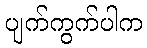
ပျက်ကွက်ပါက